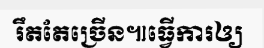
រឹតតែច្រើន៕ធ្វើការឲ្យ